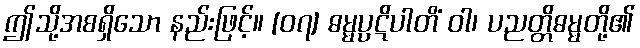
ဤသို့အစရှိသော နည်းဖြင့်။ [၀၇] ဓမ္မပ္ပဋိပါတိံ ဝါ၊ ပညတ္တိဓမ္မတို့၏